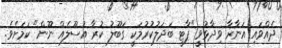
ދެއްވައި އަނާރާ ވިދާޅުވީ "ޕާޓީ ބަދަލުކުރުމަކީ ގަބޫލު ކުރާ އުސޫލެއް ނޫން" ކަމަށެވެ.